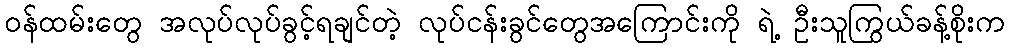
ဝန်ထမ်းတွေ အလုပ်လုပ်ခွင့်ရချင်တဲ့ လုပ်ငန်းခွင်တွေအကြောင်းကို ရဲ့ ဦးသူကြွယ်ခန့်စိုးက